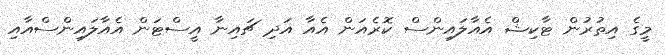
މީގެ އިތުރުން ޓާކިޝް އެއާލައިންސް ކޮރެއަން އެއާ އަދި ޗައިނާ އީސްޓަން އެއާލައިންސްއާއި